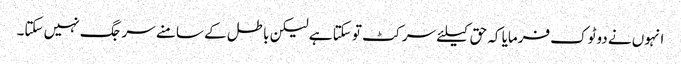
انہوں نے دوٹوک فرمایا کہ حق کیلئے سر کٹ تو سکتا ہے لیکن باطل کے سامنے سر جگ نہیں سکتا۔